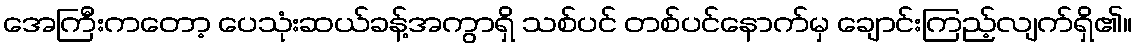
အေကြီးကတော့ ပေသုံးဆယ်ခန့်အကွာရှိ သစ်ပင် တစ်ပင်နောက်မှ ချောင်းကြည့်လျက်ရှိ၏။